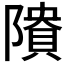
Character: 𱀴